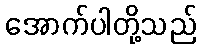
အောက်ပါတို့သည်